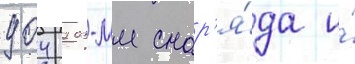
904 203-мм снар'я́да и́